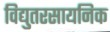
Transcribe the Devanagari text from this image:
विद्युतरसायनिक